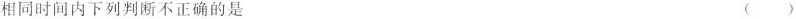
相同时间内下列判断不正确的是 ()